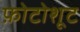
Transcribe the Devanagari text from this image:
फ़ोटोशूट